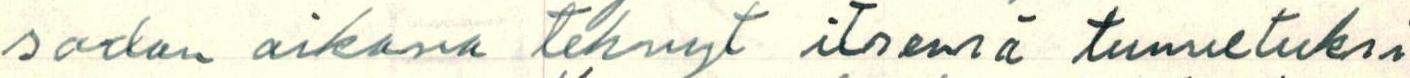
sodan aikana tehnyt itsensä tunnetuksi